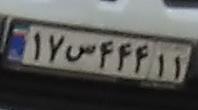
۱۷س۴۴۴۱۱